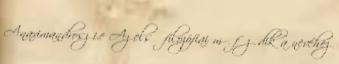
Anaximandrosz i.e Az első filozófiai mű fűződik a nevéhez